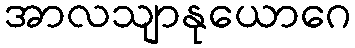
အာလသျာနုယောဂေ